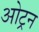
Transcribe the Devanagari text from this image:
ओट्रन